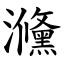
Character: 㶖